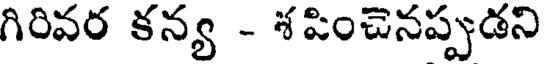
గిరివర కన్య - శపించెనప్పుడని